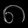
Digit: ၈